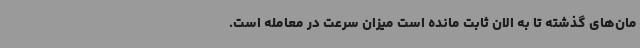
مان‌های گذشته تا به الان ثابت مانده است میزان سرعت در معامله است.